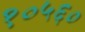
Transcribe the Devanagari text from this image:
१०५६०